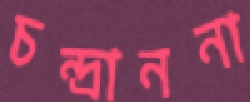
চন্দ্রাননা